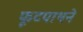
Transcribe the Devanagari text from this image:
फूटपाथने